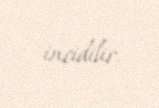
incidilir.